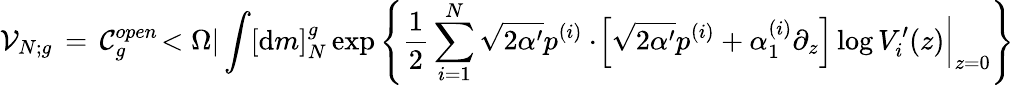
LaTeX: {\cal V}_{N;g}\, =\, {\cal C}_{g}^{open}\! <\Omega|\int[{\mathrm{d}}m]_{N}^{g}\exp\left\{ \frac{1}{2}\sum_{i=1}^{N}\sqrt{2\alpha^{\prime}}p^{(i)}\cdot\left.\! \left[\sqrt{2\alpha^{\prime}}p^{(i)}+{\alpha}_{1}^{(i)}\partial_{z}\right]\log V_{i}^{\prime}(z)\right|_{z=0}\right\}